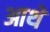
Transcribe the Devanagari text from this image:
आथे